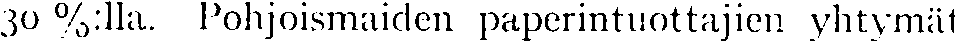
30 %:lla. Pohjoismaiden paperintuottajien yhtymät